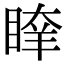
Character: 𥈖